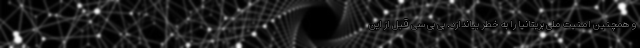
و همچنین امنیت ملی بریتانیا را به خطر بیاندازد. بی بی سی قبل از این